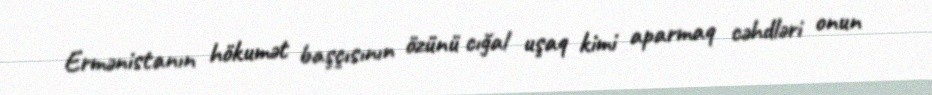
Ermənistanın hökumət başçısının özünü cığal uşaq kimi aparmaq cəhdləri onun